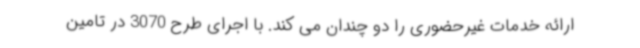
ارائه خدمات غیرحضوری را دو چندان می کند. با اجرای طرح 3070 در تامین